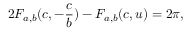
2 F _ { a , b } ( c , - \frac { c } { b } ) - F _ { a , b } ( c , u ) = 2 \pi ,